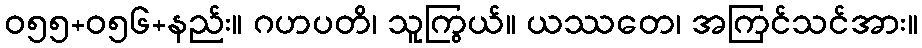
ဝ၅၅+၀၅၆+နည်း။ ဂဟပတိ၊ သူကြွယ်။ ယဿတေ၊ အကြင်သင်အား။